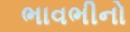
ભાવભીનો